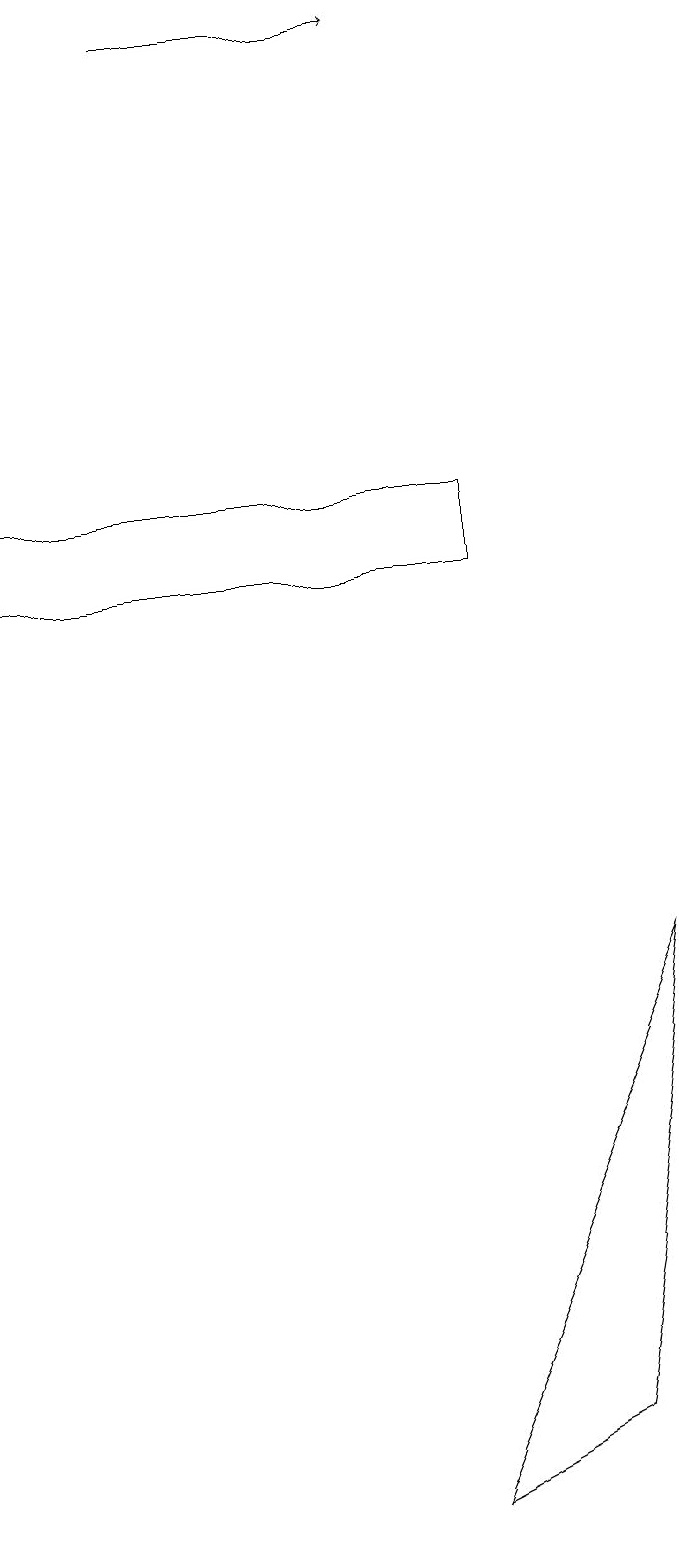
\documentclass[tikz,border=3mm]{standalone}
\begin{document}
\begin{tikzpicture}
\draw (0,12) rectangle (6,13);
\draw (8,7) -- (7,1) -- (5,0) -- cycle;
\draw[->] (2,19) -- (5,19);
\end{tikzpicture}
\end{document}